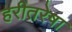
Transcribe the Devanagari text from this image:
हरीतरेषा